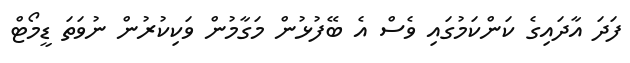
ފަދަ އާދައިގެ ކަންކަމުގައި ވެސް އެ ބޭފުޅުން މަގާމުން ވަކިކުރުން ނުވަތަ ޑީމޯޓް